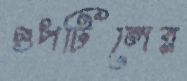
গুপটিলের